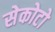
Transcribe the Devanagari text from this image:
सेकोटो